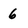
Character: 6